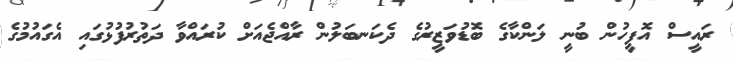
ރައީސް އޮފީހުން ބުނީ ލަންކާގެ ބޮޑުވަޒީރުގެ ދެކަނބަލުން ރާއްޖެއަށް ކުރައްވާ ދަތުރުފުޅުގައި އެގައުމުގެ